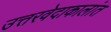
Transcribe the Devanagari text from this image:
उत्तरवेदाकालांत